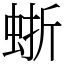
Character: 𧋍